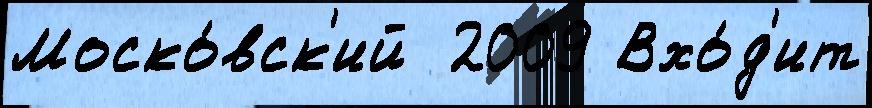
Моско́вск'ий  2009 Вхо́д'ит